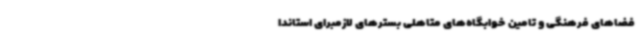
فضاهای فرهنگی و تامین خوابگاه‌های متاهلی بسترهای لازمبرای استاندا